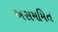
અસમમિત